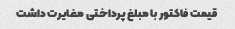
قیمت فاکتور با مبلغ پرداختی مغایرت داشت